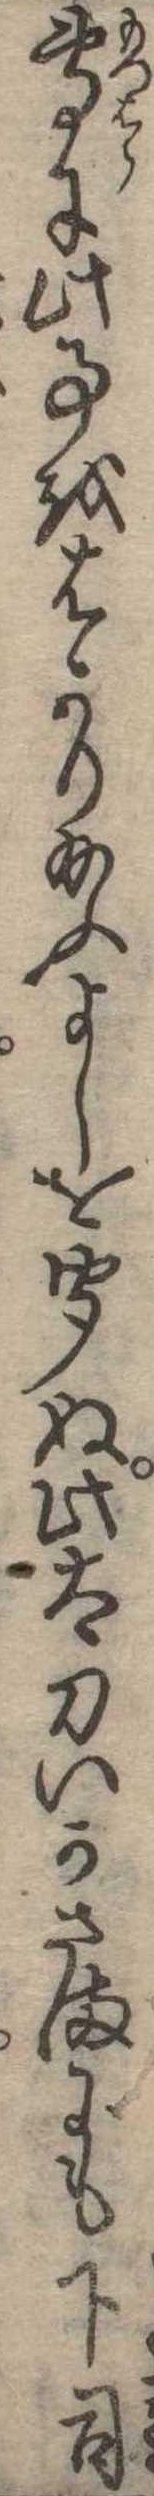
専に此事をはかり給ふよしを聞ぬ此太刀いかさまにも下司